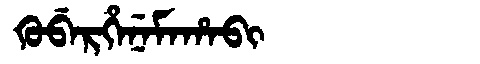
Manchu: ᡴᡠᠪᡝᡵᡥᡝᠨᡝᠮᠠᡥᠠᠪᡳ
Romanization: KUBERHENEMAHABI